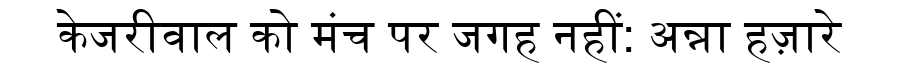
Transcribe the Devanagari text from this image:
केजरीवाल को मंच पर जगह नहीं: अन्ना हज़ारे